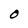
Character: O